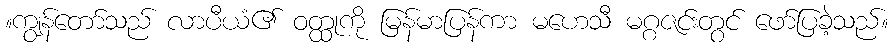
။ကျွန်တော်သည် လာပီယံ၏ ဝတ္ထုကို မြန်မာပြန်ကာ မဟေသီ မဂ္ဂဇင်းတွင် ဖော်ပြခဲ့သည်။